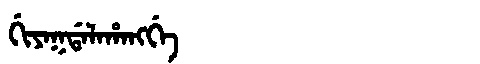
Manchu: ᡤᡳᠶᠠᡴᡩᠠᠯᠠᡥᠠᠩᡤᡝ
Romanization: GIYAKDALAHANGGE